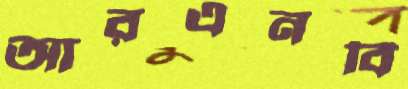
আরএনবি